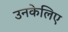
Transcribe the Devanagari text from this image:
उनकेलिए